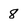
Character: 8